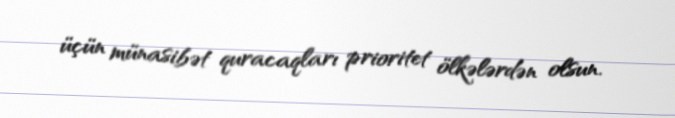
üçün münasibət quracaqları prioritet ölkələrdən olsun.